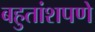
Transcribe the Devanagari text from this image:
बहुतांशपणे